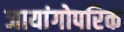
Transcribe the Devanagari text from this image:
जायांगोपरिक